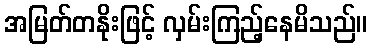
အမြတ်တနိုးဖြင့် လှမ်းကြည့်နေမိသည်။